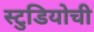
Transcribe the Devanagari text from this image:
स्टुडियोची